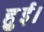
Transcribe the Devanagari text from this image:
हुुुुई।